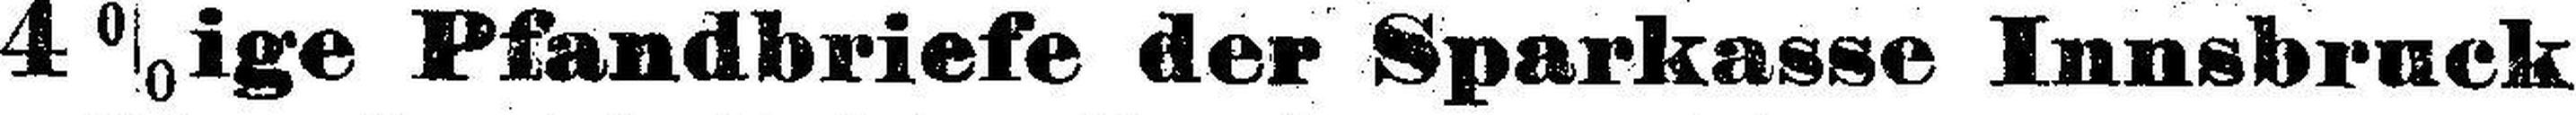
4 %ige Pfandbriefe der Sparkasse Innsbruck